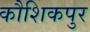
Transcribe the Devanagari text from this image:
कौशिकपुर